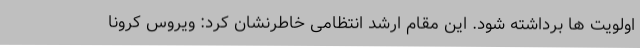
اولویت ها برداشته شود. این مقام ارشد انتظامی خاطرنشان کرد: ویروس کرونا